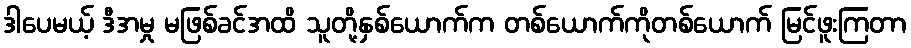
ဒါပေမယ့် ဒီအမှု မဖြစ်ခင်အထိ သူတို့နှစ်ယောက်က တစ်ယောက်ကိုတစ်ယောက် မြင်ဖူးကြတာ